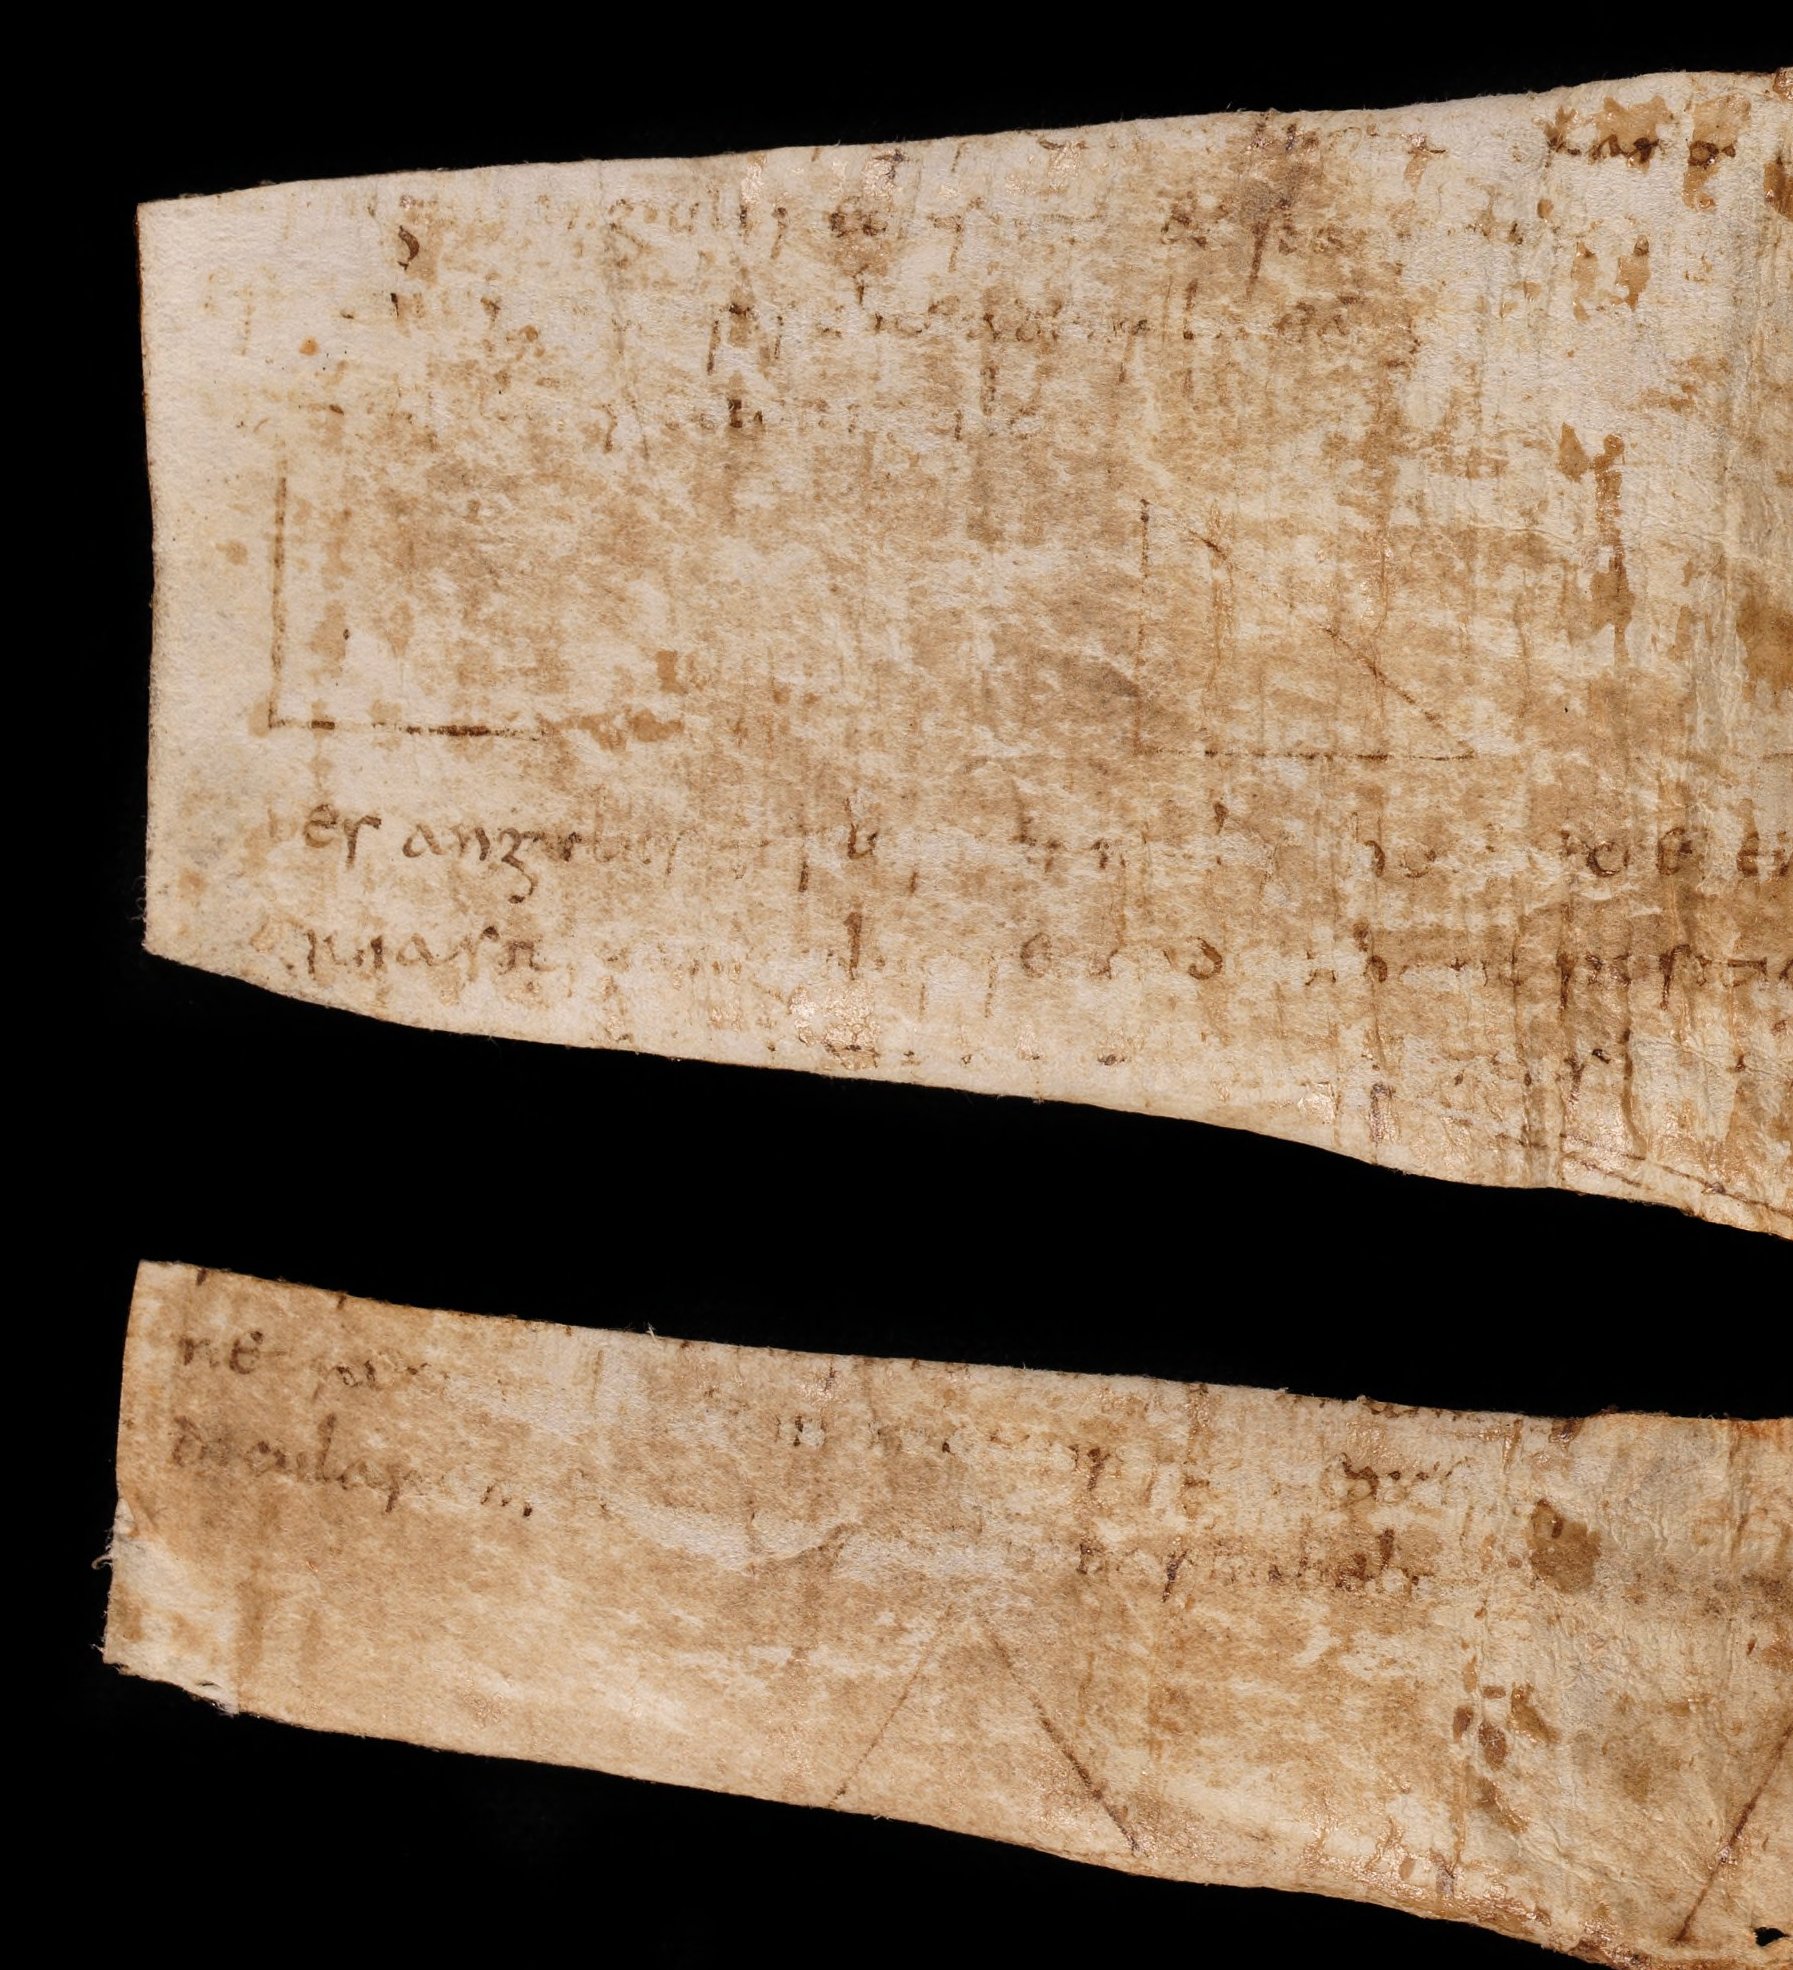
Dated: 800–849